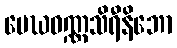
မေဃဝဏ္ဏသိရီနိဘော